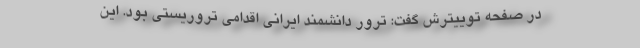
در صفحه توییترش گفت: ترور دانشمند ایرانی اقدامی تروریستی بود. این